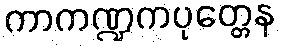
ကာကဏ္ဍကပုတ္တေန